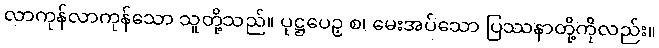
လာကုန်လာကုန်သော သူတို့သည်။ ပုဋ္ဌပေဉှ စ၊ မေးအပ်သော ပြဿနာတို့ကိုလည်း။